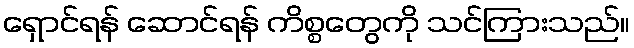
ရှောင်ရန် ဆောင်ရန် ကိစ္စတွေကို သင်ကြားသည်။